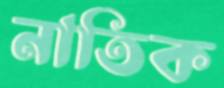
নাতিক